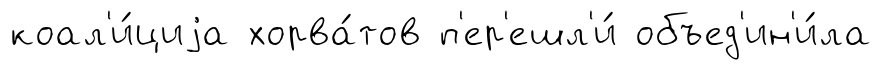
коал'и́циjа хорва́тов п'ер'ешл'и́ объед'ин'и́ла